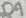
Text: D9